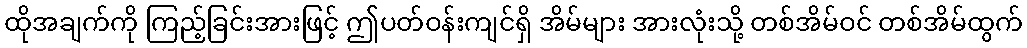
ထိုအချက်ကို ကြည့်ခြင်းအားဖြင့် ဤပတ်ဝန်းကျင်ရှိ အိမ်များ အားလုံးသို့ တစ်အိမ်ဝင် တစ်အိမ်ထွက်